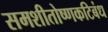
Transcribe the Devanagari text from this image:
समशीतोष्णकटिबंध